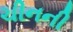
ચીનની